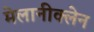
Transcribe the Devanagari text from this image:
मेलानीक्लेन